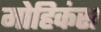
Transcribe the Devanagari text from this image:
मोहिकंस